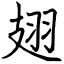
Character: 翅